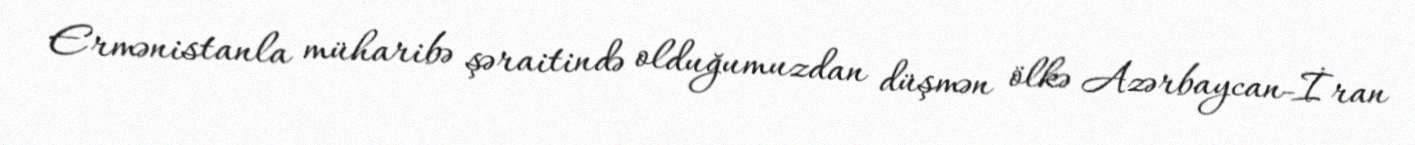
Ermənistanla müharibə şəraitində olduğumuzdan düşmən ölkə Azərbaycan-İran